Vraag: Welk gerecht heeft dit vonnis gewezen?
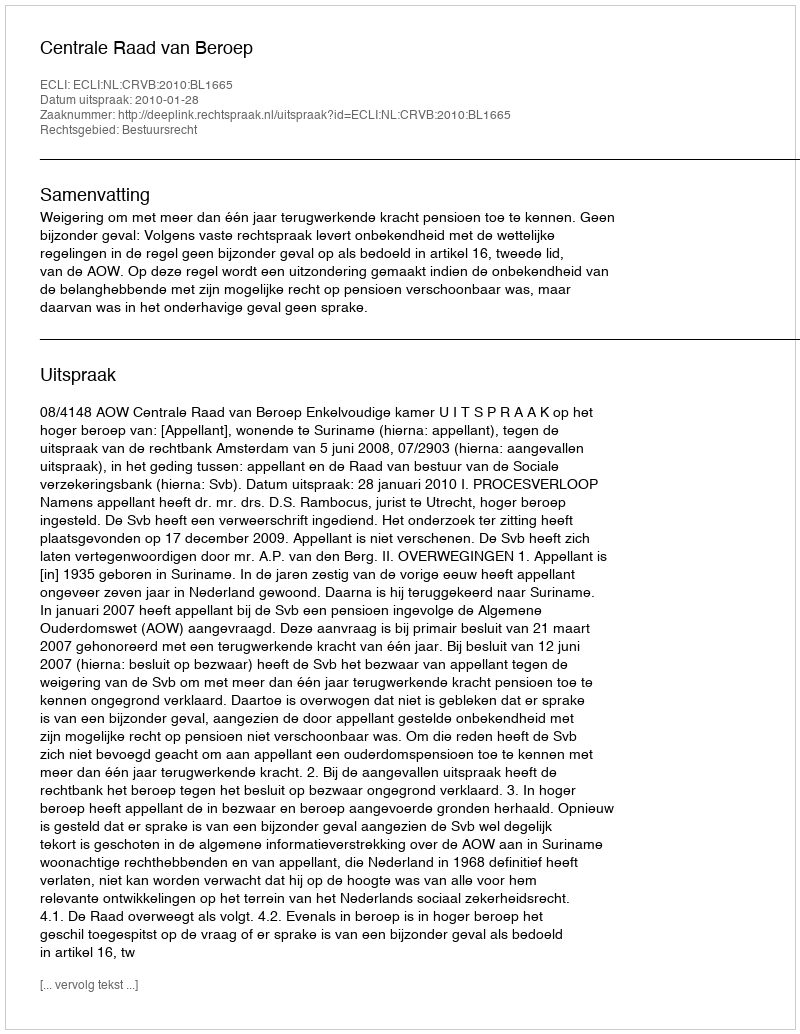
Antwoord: Centrale Raad van Beroep